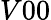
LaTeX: V00